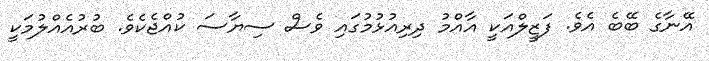
އޭނާގެ ބޭބެ އެވެ. ފަޒީލްއަކީ އާއްމު ދިރިއުޅުމުގައި ވެސް ސިޔާސަ ކުއްޖެކެވެ. ބުރުއެއްލުމަކީ